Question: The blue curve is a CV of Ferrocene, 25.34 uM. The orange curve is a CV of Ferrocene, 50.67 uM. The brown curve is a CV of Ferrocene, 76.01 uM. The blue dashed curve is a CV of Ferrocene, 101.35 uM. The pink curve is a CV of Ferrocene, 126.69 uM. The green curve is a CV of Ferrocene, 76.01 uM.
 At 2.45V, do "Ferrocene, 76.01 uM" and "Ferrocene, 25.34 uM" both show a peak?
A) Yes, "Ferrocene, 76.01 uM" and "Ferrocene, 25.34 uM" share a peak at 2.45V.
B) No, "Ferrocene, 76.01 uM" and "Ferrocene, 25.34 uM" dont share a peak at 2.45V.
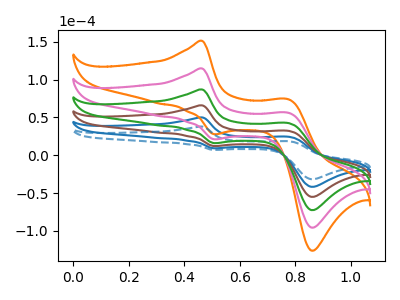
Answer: <think>The blue curve "Ferrocene, 25.34 uM" has anodic peaks at (0.45V, 50.00uA) (0.80V, 24.45uA) and cathodic peaks at (0.50V, 9.20uA) (0.85V, -41.70uA). The orange curve "Ferrocene, 50.67 uM" has anodic peaks at (0.45V, 250.10uA) (0.80V, 122.15uA) and cathodic peaks at (0.50V, 46.00uA) (0.85V, -208.45uA). The brown curve "Ferrocene, 76.01 uM" has anodic peaks at (0.45V, 100.05uA) (0.80V, 48.85uA) and cathodic peaks at (0.50V, 18.40uA) (0.85V, -83.40uA). The blue dashed curve "Ferrocene, 101.35 uM" has anodic peaks at (0.45V, 37.95uA) (0.80V, 18.55uA) and cathodic peaks at (0.50V, 7.00uA) (0.85V, -31.60uA). The pink curve "Ferrocene, 126.69 uM" has anodic peaks at (0.45V, 200.10uA) (0.80V, 97.70uA) and cathodic peaks at (0.50V, 36.80uA) (0.85V, -166.75uA). The green curve "Ferrocene, 76.01 uM" has anodic peaks at (0.45V, 150.05uA) (0.80V, 73.30uA) and cathodic peaks at (0.50V, 27.60uA) (0.85V, -125.05uA).</think>
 <answer>B) No, "Ferrocene, 76.01 uM" and "Ferrocene, 25.34 uM" dont share a peak at 2.45V.</answer>
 <eval>B</eval>